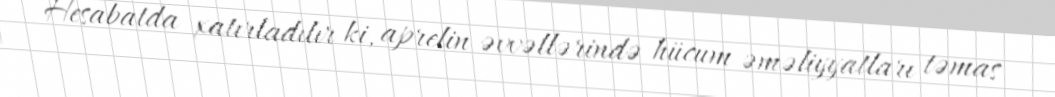
Hesabatda xatırladılır ki, aprelin əvvəllərində hücum əməliyyatları təmas